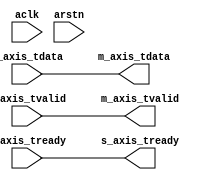
// ***************************************************************************
// ***************************************************************************
// @FILE    util_axis_data_width_converter.v
// @AUTHOR  JAY CONVERTINO
// @DATE    2021.06.21
// @BRIEF   AXIS DATA WIDTH CONVERTER
// @DETAILS Convert slave to master for even ratios between master and slave.
//          Widths are in bytes.
//
// @LICENSE MIT
//  Copyright 2021 Jay Convertino
//
//  Permission is hereby granted, free of charge, to any person obtaining a copy
//  of this software and associated documentation files (the "Software"), to 
//  deal in the Software without restriction, including without limitation the
//  rights to use, copy, modify, merge, publish, distribute, sublicense, and/or 
//  sell copies of the Software, and to permit persons to whom the Software is 
//  furnished to do so, subject to the following conditions:
//
//  The above copyright notice and this permission notice shall be included in 
//  all copies or substantial portions of the Software.
//
//  THE SOFTWARE IS PROVIDED "AS IS", WITHOUT WARRANTY OF ANY KIND, EXPRESS OR 
//  IMPLIED, INCLUDING BUT NOT LIMITED TO THE WARRANTIES OF MERCHANTABILITY, 
//  FITNESS FOR A PARTICULAR PURPOSE AND NONINFRINGEMENT. IN NO EVENT SHALL THE
//  AUTHORS OR COPYRIGHT HOLDERS BE LIABLE FOR ANY CLAIM, DAMAGES OR OTHER 
//  LIABILITY, WHETHER IN AN ACTION OF CONTRACT, TORT OR OTHERWISE, ARISING 
//  FROM, OUT OF OR IN CONNECTION WITH THE SOFTWARE OR THE USE OR OTHER DEALINGS
//  IN THE SOFTWARE.
// ***************************************************************************
// ***************************************************************************

`timescale 1ns/100ps

//data width converter
module util_axis_data_width_converter #(
    parameter slave_width = 1,
    parameter master_width = 1
  )
  (
    //axi streaming clock and reset.
    input                   aclk,
    input                   arstn,
    //master output axis
    output [(master_width*8)-1:0] m_axis_tdata,
    output                        m_axis_tvalid,
    input                         m_axis_tready,
    //slave input axis
    input  [(slave_width*8)-1:0]  s_axis_tdata,
    input                         s_axis_tvalid,
    output                        s_axis_tready
  );
  
  //genvars
  genvar gen_index;
  
  generate
    //if they are the same... there really isn't a point.
    if(slave_width == master_width) begin
      assign m_axis_tdata  = s_axis_tdata;
      assign m_axis_tvalid = s_axis_tvalid;
      assign s_axis_tready = m_axis_tready;
    //slave is smaller, use register build up method.
    end else if(slave_width < master_width) begin
      //buffer
      reg [(slave_width*8)-1:0]  reg_data_buffer[master_width/slave_width-1:0];
      reg         reg_data_valid;
      //counter
      reg [clogb2(master_width):0] counter;
      //index
      reg [clogb2(master_width):0] index;
      
      reg p_m_axis_tready;
      
      //when ready lets let the component feeding us know.
      assign s_axis_tready  = (m_axis_tready | ~p_m_axis_tready) & arstn;
      //send out a reg valid to match reg data
      assign m_axis_tvalid  = reg_data_valid;
      
      //generate wires to connect reg_data_buffer to tdata out. reg_valid selects buffer if data is valid.
      for(gen_index = 0; gen_index < (master_width/slave_width); gen_index = gen_index + 1) begin
        assign m_axis_tdata[(8*slave_width*(gen_index+1))-1:8*slave_width*gen_index] = (reg_data_valid == 1'b1 ? reg_data_buffer[gen_index] : 0);
      end
      
      //process data
      always @(posedge aclk) begin
        //clear all
        if(arstn == 1'b0) begin
          for(index = 0; index < (master_width/slave_width); index = index + 1) begin
            reg_data_buffer[index] <= 0;
          end
          reg_data_valid    <= 0;
          counter           <= (master_width/slave_width)-1;
          p_m_axis_tready   <= 0;
        end else begin
          //when ready, 0 out data so we don't send out the same thing over and over.
          //if we are still sending data, the if below will blow this up (in a good way).
          if(m_axis_tready == 1'b1) begin
            reg_data_valid  <= 0;
            //no valid data, so lets 0 out previous to allow a valid assert of data without ready to happen.
            p_m_axis_tready <= 0;
          end
          
          //valid data and we are ready for data, or per axis standard we pump out valid data and wait for ready to continue.
          if((s_axis_tvalid == 1'b1) && (~p_m_axis_tready || m_axis_tready)) begin
            reg_data_buffer[counter] <= s_axis_tdata;
            
            p_m_axis_tready <= 1'b1;
            
            counter <= counter - 1;
            
            if(counter == 0) begin
              counter         <= (master_width/slave_width)-1;
              reg_data_valid  <= 1;
            end
          end
        end
      end
    //slave input is larger then master register method
    end else begin
      //buffer
      reg [(master_width*8)-1:0] reg_data_buffer[slave_width/master_width-1:0];
      reg                        reg_data_valid;
      reg [(master_width*8)-1:0] reg_m_axis_tdata;
      
      //counter
      reg [clogb2(slave_width):0] counter;
      //index
      reg [clogb2(slave_width):0] index;
      
      //split s_axis
      wire [(master_width*8)-1:0] split_s_axis_tdata[slave_width/master_width-1:0];
      
      //m_axis_tready
      reg p_m_axis_tready;
      
      //split slave tdata into pieces the size of master tdata
      for(gen_index = 0; gen_index < (slave_width/master_width); gen_index = gen_index + 1) begin
        assign split_s_axis_tdata[gen_index] = s_axis_tdata[(8*master_width*(gen_index+1))-1:8*master_width*gen_index] ;
      end
      
      //only ready when taking in data or if conditons say so.
      assign s_axis_tready = (counter == 0 ? (~p_m_axis_tready | m_axis_tready) & arstn : 1'b0);
      //output for master axis data
      assign m_axis_tdata  = (reg_data_valid == 1'b1 ? reg_data_buffer[counter] : 0);
      assign m_axis_tvalid = reg_data_valid;
      
      //process data
      always @(posedge aclk) begin
        //clear all
        if(arstn == 1'b0) begin
          for(index = 0; index < (slave_width/master_width); index = index + 1) begin
            reg_data_buffer[index] <= 0;
          end
          reg_data_valid    <= 0;
          reg_m_axis_tdata  <= 0;
          counter           <= 0;
          p_m_axis_tready   <= 0;
        end else begin
          //when ready, 0 out data so we don't send out the same thing over and over.
          //if we are still sending data, the if below will blow this up (in a good way).
          if(m_axis_tready == 1'b1) begin
            reg_data_valid  <= 0;
            //no valid data, so lets 0 out previous to allow a valid assert of data without ready to happen.
            p_m_axis_tready <= 0;
          end
          
          //when data is valid, counter is correct, and we are ready for data
          //(p tready tells if we have ever been, and allows for valid data to be output first if not, per axis standard).
          //Then lets register some new data, and reset the counter to 1 to output this new data starting at its top.
          if((s_axis_tvalid == 1'b1) && (counter == 0) && (~p_m_axis_tready || m_axis_tready)) begin
            for(index = 0; index < (slave_width/master_width); index = index + 1) begin
              reg_data_buffer[index] <= split_s_axis_tdata[index];
            end
            
            counter <= (slave_width/master_width)-1;
            
            reg_data_valid  <= 1'b1;
            
            p_m_axis_tready <= 1'b1;
          end
          
          //only decrease the counter when its not 0 (underrun prevention) and the next core is ready for more data.
          if((counter != 0) && (m_axis_tready == 1'b1)) begin
            counter         <= counter - 1;
            reg_data_valid  <= 1'b1;
            p_m_axis_tready <= 1'b1;
          end         
        end
      end
    end
  endgenerate
  
  //copied from the IEEE 1364-2001 Standard
  function integer clogb2;
    input [31:0] value;
    begin
        value = value - 1;
        for (clogb2 = 0; value > 0; clogb2 = clogb2 + 1) begin
            value = value >> 1;
        end
    end
  endfunction
  
endmodule